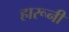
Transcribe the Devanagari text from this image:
हारूनी